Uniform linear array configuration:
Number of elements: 16
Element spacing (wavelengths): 0.25
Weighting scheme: blackman
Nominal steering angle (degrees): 30
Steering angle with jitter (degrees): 29.296
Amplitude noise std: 0.05
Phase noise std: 0.05

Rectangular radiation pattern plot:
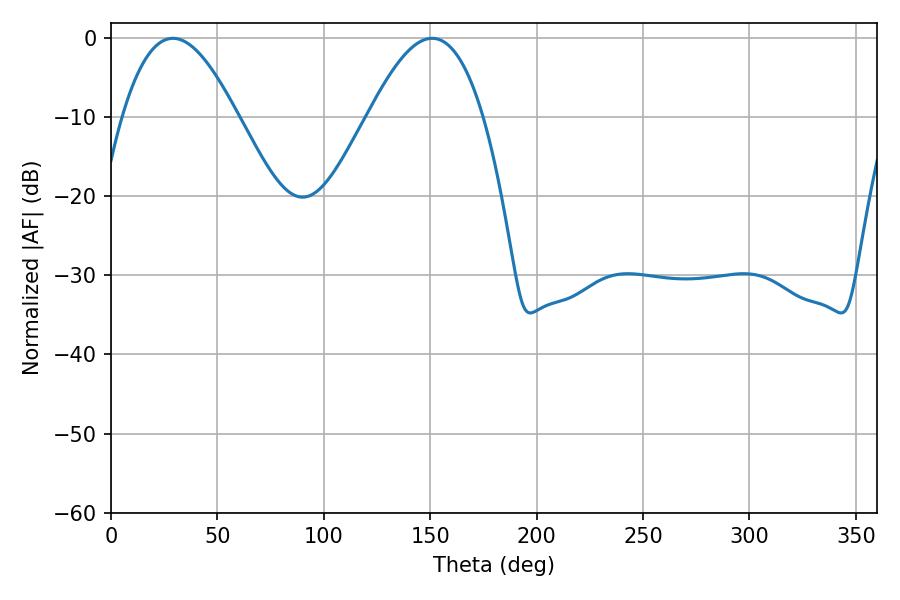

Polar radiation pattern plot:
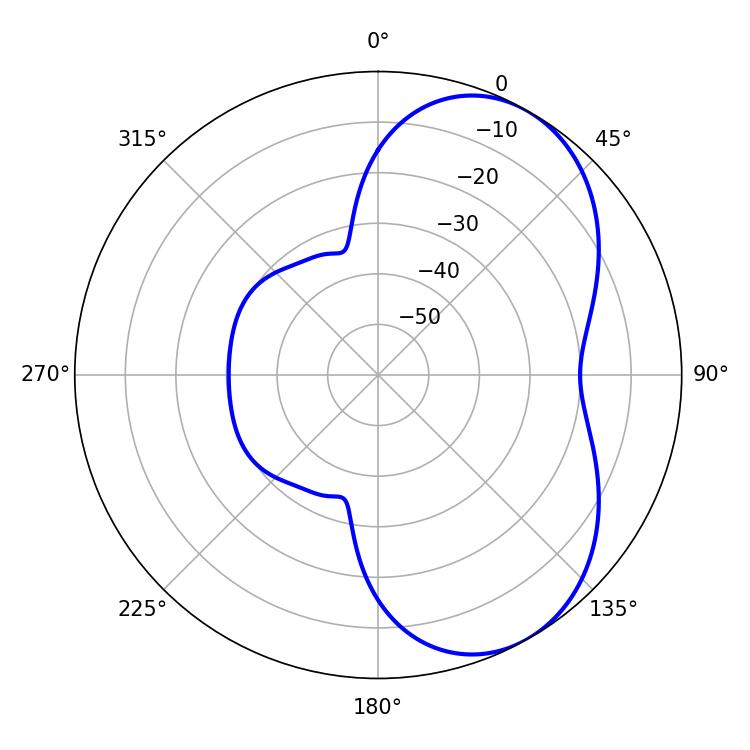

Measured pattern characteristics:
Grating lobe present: FALSE
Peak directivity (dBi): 5.445
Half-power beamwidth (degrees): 29.34
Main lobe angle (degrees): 29.16